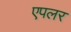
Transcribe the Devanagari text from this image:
एपलर